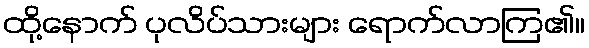
ထို့နောက် ပုလိပ်သားများ ရောက်လာကြ၏။